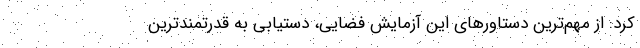
کرد: از مهم‌ترین دستاورهای این آزمایش فضایی، دستیابی به قدرتمندترین